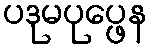
ပဒုမပုပ္ဖေန